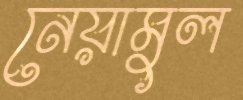
নেয়ামুল